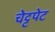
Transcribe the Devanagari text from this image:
चेट्टपेट